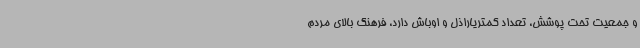
و جمعیت تحت پوشش، تعداد کمتریاراذل و اوباش دارد، فرهنگ بالای مردم